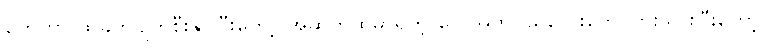
တွေဟာ ထိခိုက်ပျက်စီးနိုင်ပြီးတော့ အဆုတ်ထဲမှာရှိတဲ့ လေအိတ်ငယ်လေးတွေ ပြားသွားပြီးတော့